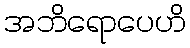
အဘိရောပေဟိ